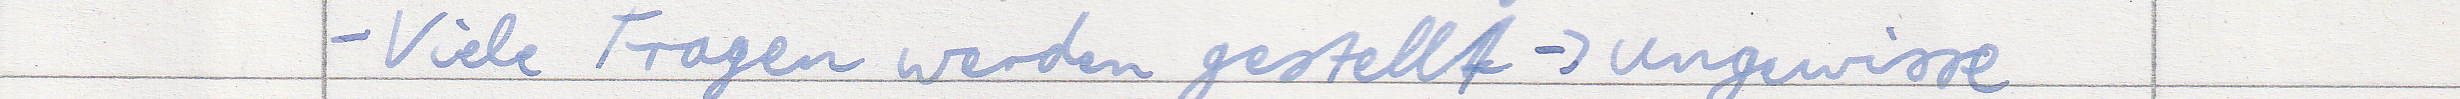
- Viele Fragen werden gestellt -> ungewisse